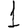
Digit: 1